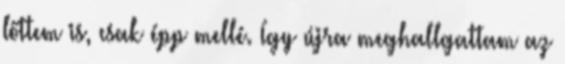
lőttem is, csak épp mellé. Így újra meghallgattam az